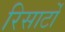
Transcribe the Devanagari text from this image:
रिसार्टों